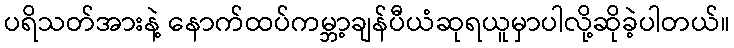
ပရိသတ်အားနဲ့ နောက်ထပ်ကမ္ဘာ့ချန်ပီယံဆုရယူမှာပါလို့ဆိုခဲ့ပါတယ်။